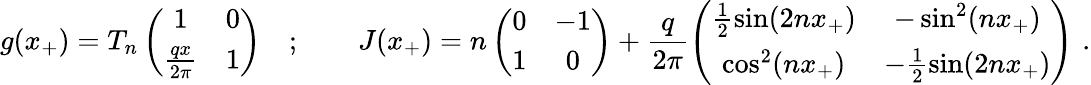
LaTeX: g(x_{+})=T_{n}\left(\begin{array}{cc}{{1}}&{{0}}\\ {{\frac{qx}{2\pi}}}&{{1}}\end{array}\right)\quad;\qquad J(x_{+})=n\left(\begin{array}{cc}{{0}}&{{-1}}\\ {{1}}&{{0}}\end{array}\right)+\frac{q}{2\pi}\left(\begin{array}{cc}{{\frac{1}{2}\sin(2nx_{+})}}&{{-\sin^{2}(nx_{+})}}\\ {{\cos^{2}(nx_{+})}}&{{-\frac{1}{2}\sin(2nx_{+})}}\end{array}\right)\, \, .